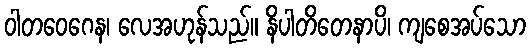
ဝါတဝေဂေန၊ လေအဟုန်သည်။ နိပါတိတေနာပိ၊ ကျစေအပ်သော